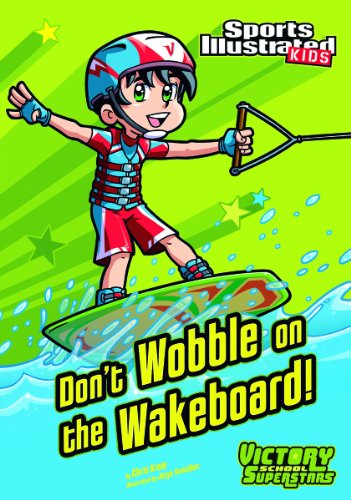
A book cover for Don't Wobble on the Wakeboard! (Sports Illustrated Kids Victory School Superstars); Chris Kreie; Children's Books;